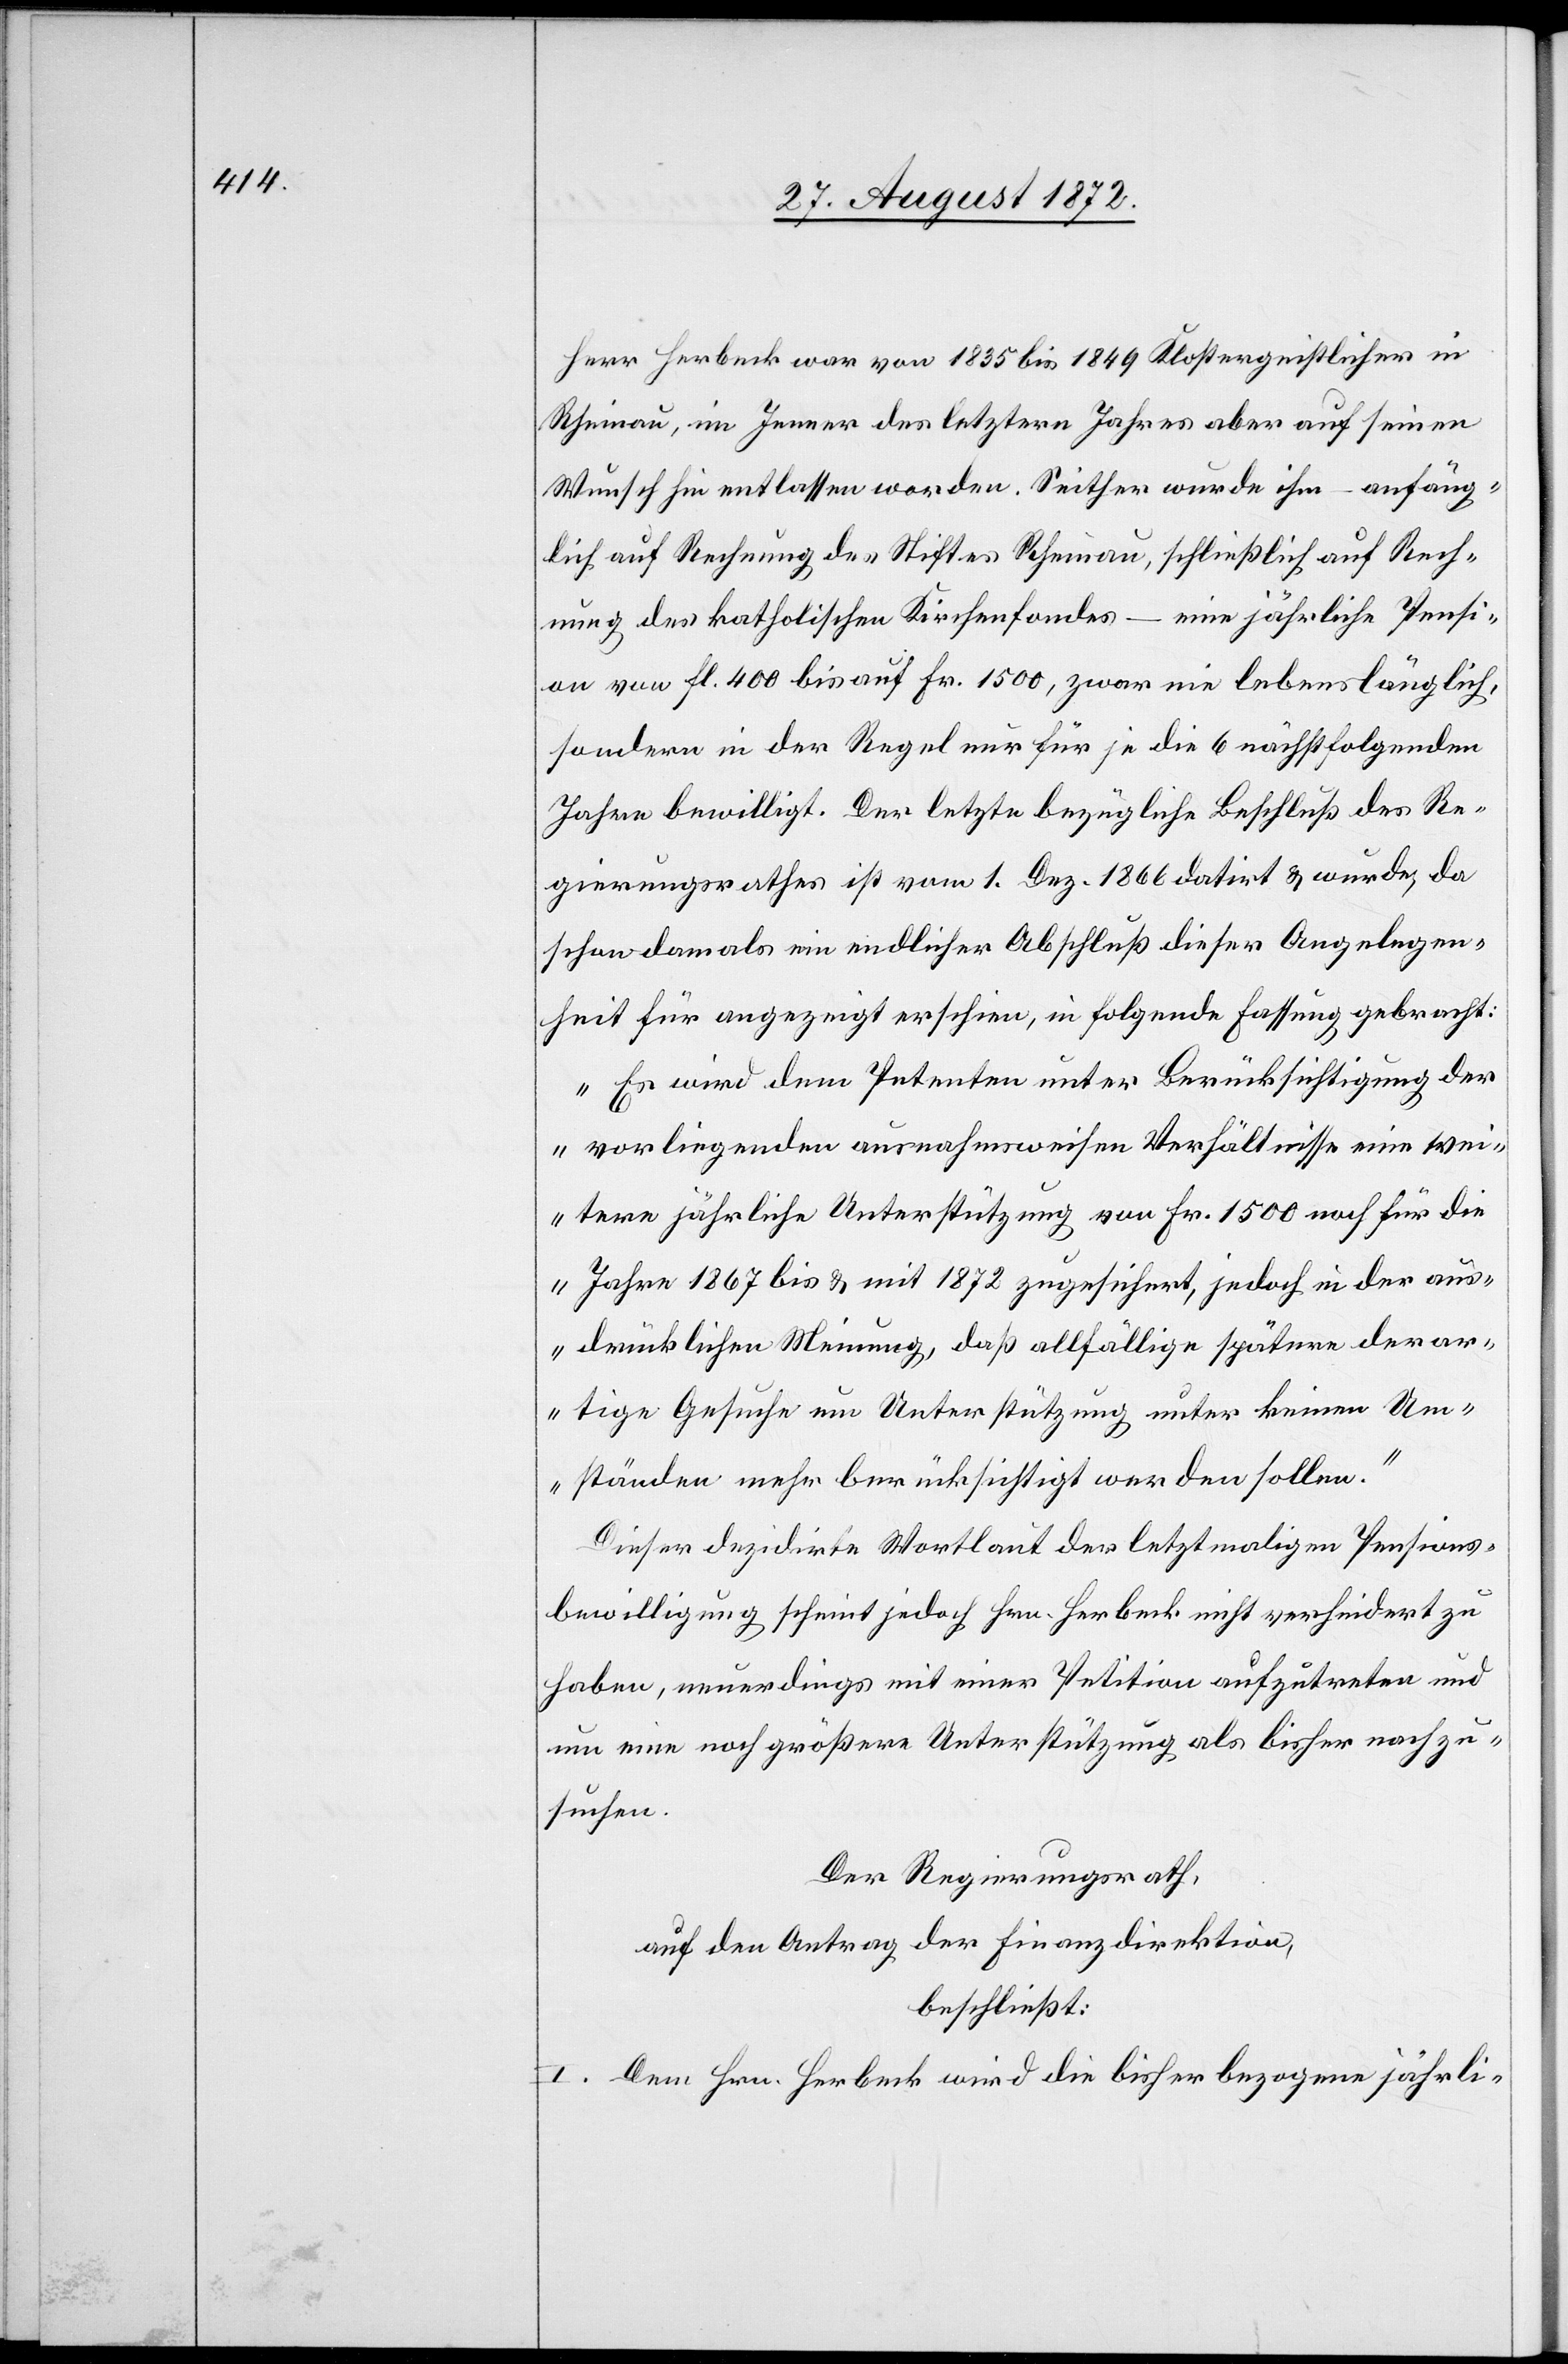
Herr Herbeck war von 1835 bis 1849 Klostergeistlicher in
Rheinau, im Jenner des letztern Jahres aber auf seinen
Wunsch hin entlassen worden. Seither wurde ihm – anfäng¬
lich auf Rechnung des Stiftes Rheinau, schließlich auf Rech¬
nung des katholischen Kirchenfondes – eine jährliche Pensi¬
on von fl. 400 bis auf Fr. 1500, zwar nie lebenslänglich,
sondern in der Regel nur für je die 6 nächstfolgenden
Jahre bewilligt. Der letzte bezügliche Beschluß des Re¬
gierungsrathes ist vom 1. Dez. 1866 datirt u. wurde, da
schon damals ein endlicher Abschluß dieser Angelegen¬
heit für angezeigt erschien, in folgende Fassung gebracht:
„Es wird dem Petenten unter Berücksichtigung der
vorliegenden ausnahmsweisen Verhältnisse eine wei¬
tere jährliche Unterstützung von Fr. 1500 noch für die
Jahre 1867 bis u. mit 1872 zugesichert, jedoch in der aus¬
drücklichen Meinung, daß allfällige spätere derar¬
tige Gesuche um Unterstützung unter keinen Um¬
ständen mehr berücksichtigt werden sollen.“
Dieser dezidirte Wortlaut der letztmaligen Pensions¬
bewilligung scheint jedoch Hrn. Herbeck nicht verhindert zu
haben, neuerdings mit einer Petition aufzutreten und
um eine noch größere Unterstützung als bisher nachzu¬
suchen.
Der Regierungsrath,
auf den Antrag der Finanzdirektion,
beschließt:
I. Dem Hrn. Herbeck wird die bisher bezogene jährli-